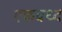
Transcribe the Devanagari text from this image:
एकबध्द